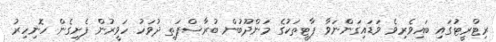
ރިޓްރީޓުގައި ބައިވެރިވެ ވަޑައިގަންނަވާ ޕާޓީތަކުގެ މަންދޫބުން ބުރާސްފަތި ދުވަހު ހަވީރުން ފެށިގެން ހޮނިހިރު